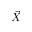
\vec { X }